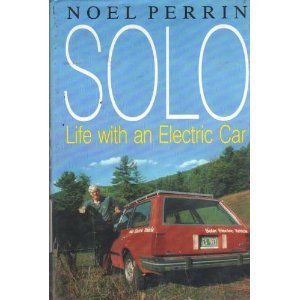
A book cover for Solo: Life With an Electric Car; Noel Perrin; Engineering & Transportation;